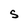
Character: S